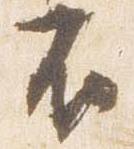
不